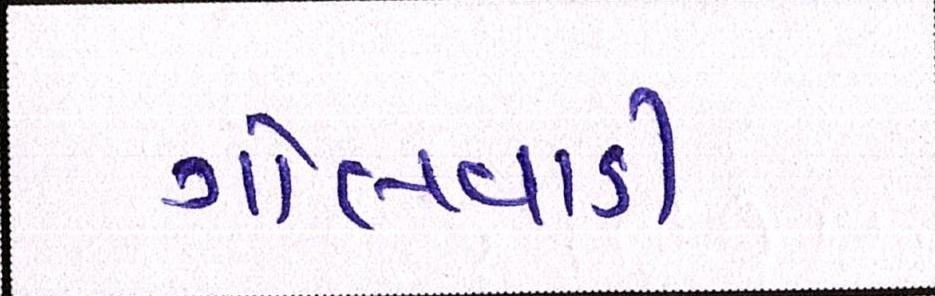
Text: ગોલવાડી